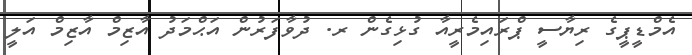
އެމްޑީޕީގެ ރިޔާސީ ޕްރައިމެރީއާ ގުޅިގެން ރ. ދުވާފަަރުން އަޙްމަދު އާޒިމް އާޒިމް އަލީ